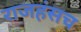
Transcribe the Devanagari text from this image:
राजहंसच